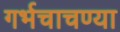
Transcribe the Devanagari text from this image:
गर्भचाचण्या